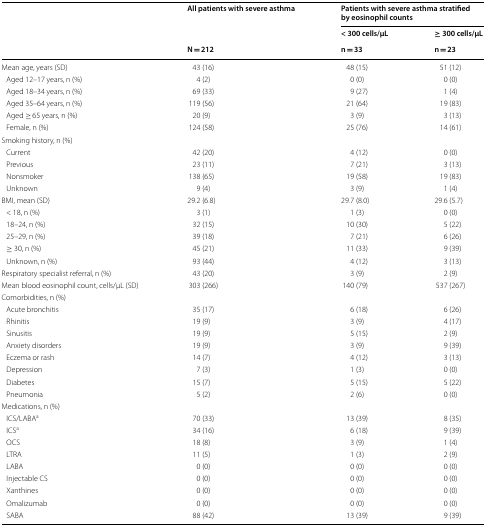
<table><thead><tr><td rowspan="3"></td><td rowspan="2"><b>All patients with severe asthma</b></td><td colspan="2"><b>Patients with severe asthma stratified by eosinophil counts</b></td></tr><tr><td><b>&lt; 300 cells/μL</b></td><td><b>≥ 300 cells/μL</b></td></tr><tr><td><b>N = 212</b></td><td><b>n = 33</b></td><td><b>n = 23</b></td></tr></thead><tbody><tr><td>Mean age, years (SD)</td><td>43 (16)</td><td>48 (15)</td><td>51 (12)</td></tr><tr><td> Aged 12–17 years, n (%)</td><td>4 (2)</td><td>0 (0)</td><td>0 (0)</td></tr><tr><td> Aged 18–34 years, n (%)</td><td>69 (33)</td><td>9 (27)</td><td>1 (4)</td></tr><tr><td> Aged 35–64 years, n (%)</td><td>119 (56)</td><td>21 (64)</td><td>19 (83)</td></tr><tr><td> Aged ≥ 65 years, n (%)</td><td>20 (9)</td><td>3 (9)</td><td>3 (13)</td></tr><tr><td> Female, n (%)</td><td>124 (58)</td><td>25 (76)</td><td>14 (61)</td></tr><tr><td colspan="4">Smoking history, n (%)</td></tr><tr><td> Current</td><td>42 (20)</td><td>4 (12)</td><td>0 (0)</td></tr><tr><td> Previous</td><td>23 (11)</td><td>7 (21)</td><td>3 (13)</td></tr><tr><td> Nonsmoker</td><td>138 (65)</td><td>19 (58)</td><td>19 (83)</td></tr><tr><td> Unknown</td><td>9 (4)</td><td>3 (9)</td><td>1 (4)</td></tr><tr><td>BMI, mean (SD)</td><td>29.2 (6.8)</td><td>29.7 (8.0)</td><td>29.6 (5.7)</td></tr><tr><td> &lt; 18, n (%)</td><td>3 (1)</td><td>1 (3)</td><td>0 (0)</td></tr><tr><td> 18–24, n (%)</td><td>32 (15)</td><td>10 (30)</td><td>5 (22)</td></tr><tr><td> 25–29, n (%)</td><td>39 (18)</td><td>7 (21)</td><td>6 (26)</td></tr><tr><td> ≥ 30, n (%)</td><td>45 (21)</td><td>11 (33)</td><td>9 (39)</td></tr><tr><td> Unknown, n (%)</td><td>93 (44)</td><td>4 (12)</td><td>3 (13)</td></tr><tr><td>Respiratory specialist referral, n (%)</td><td>43 (20)</td><td>3 (9)</td><td>2 (9)</td></tr><tr><td>Mean blood eosinophil count, cells/μL (SD)</td><td>303 (266)</td><td>140 (79)</td><td>537 (267)</td></tr><tr><td colspan="4">Comorbidities, n (%)</td></tr><tr><td> Acute bronchitis</td><td>35 (17)</td><td>6 (18)</td><td>6 (26)</td></tr><tr><td> Rhinitis</td><td>19 (9)</td><td>3 (9)</td><td>4 (17)</td></tr><tr><td> Sinusitis</td><td>19 (9)</td><td>5 (15)</td><td>2 (9)</td></tr><tr><td> Anxiety disorders</td><td>19 (9)</td><td>3 (9)</td><td>9 (39)</td></tr><tr><td> Eczema or rash</td><td>14 (7)</td><td>4 (12)</td><td>3 (13)</td></tr><tr><td> Depression</td><td>7 (3)</td><td>1 (3)</td><td>0 (0)</td></tr><tr><td> Diabetes</td><td>15 (7)</td><td>5 (15)</td><td>5 (22)</td></tr><tr><td> Pneumonia</td><td>5 (2)</td><td>2 (6)</td><td>0 (0)</td></tr><tr><td colspan="4">Medications, n (%)</td></tr><tr><td> ICS/LABA<sup>a</sup></td><td>70 (33)</td><td>13 (39)</td><td>8 (35)</td></tr><tr><td> ICS<sup>a</sup></td><td>34 (16)</td><td>6 (18)</td><td>9 (39)</td></tr><tr><td> OCS</td><td>18 (8)</td><td>3 (9)</td><td>1 (4)</td></tr><tr><td> LTRA</td><td>11 (5)</td><td>1 (3)</td><td>2 (9)</td></tr><tr><td> LABA</td><td>0 (0)</td><td>0 (0)</td><td>0 (0)</td></tr><tr><td> Injectable CS</td><td>0 (0)</td><td>0 (0)</td><td>0 (0)</td></tr><tr><td> Xanthines</td><td>0 (0)</td><td>0 (0)</td><td>0 (0)</td></tr><tr><td> Omalizumab</td><td>0 (0)</td><td>0 (0)</td><td>0 (0)</td></tr><tr><td> SABA</td><td>88 (42)</td><td>13 (39)</td><td>9 (39)</td></tr></tbody></table>